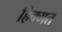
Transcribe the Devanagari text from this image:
हिक्मत